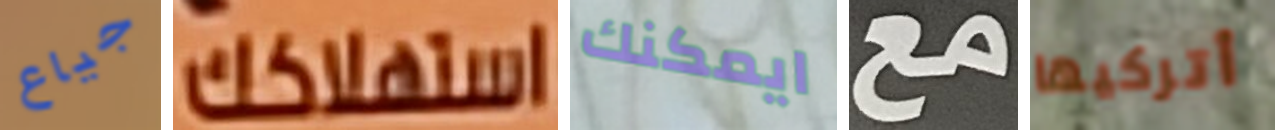
جياع استهلاكك ايمكنك مع أتركيها